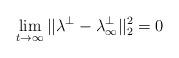
LaTeX: \begin{align*}\lim_{t\rightarrow \infty }||\lambda ^{\perp }-\lambda _{\infty }^{\perp}||_{2}^{2}=0 \end{align*}